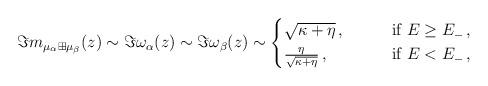
LaTeX: \begin{align*}\Im m_{\mu_\alpha\boxplus\mu_\beta}(z)\sim \Im \omega_\alpha(z)\sim \Im \omega_\beta(z)\sim \begin{cases}\sqrt{\kappa+\eta}\,, \qquad&\textrm{if } E\ge E_-\,,\\\frac{\eta}{\sqrt{\kappa+\eta}}\,, & \textrm{if } E<E_-\,,\end{cases}\end{align*}